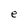
Character: e